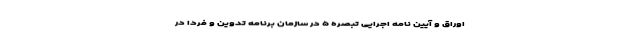
اوراق و آیین نامه اجرایی تبصره ۵ در سازمان برنامه تدوین و فردا در